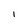
Character: l